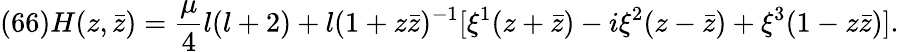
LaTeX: (66)H(z,\bar{z})=\frac{\mu}{4}l(l+2)+l(1+z\bar{z})^{-1}[\xi^{1}(z+\bar{z})-i\xi^{2}(z-\bar{z})+\xi^{3}(1-z\bar{z})].